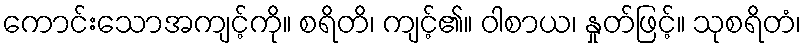
ကောင်းသောအကျင့်ကို။ စရိတိ၊ ကျင့်၏။ ဝါစာယ၊ နှုတ်ဖြင့်။ သုစရိတံ၊